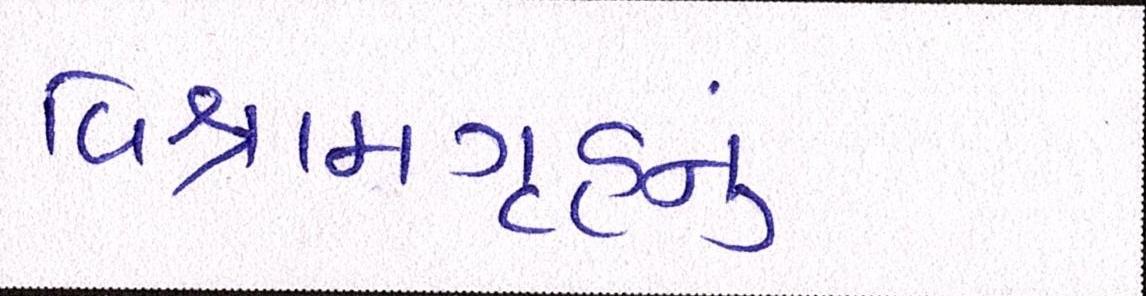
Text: વિશ્રામગૃહનું